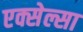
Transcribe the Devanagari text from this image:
एक्सेल्सा